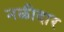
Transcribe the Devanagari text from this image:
नळीदार